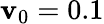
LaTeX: \mathbf{v}_{0}=0.1